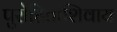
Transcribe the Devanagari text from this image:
पुरोहितांशिवाय